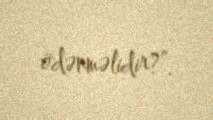
ödənməlidir?”.